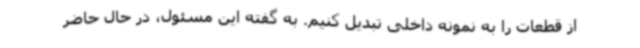
از قطعات را به نمونه داخلی تبدیل کنیم. به گفته این مسئول، در حال حاضر